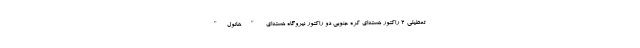
تعطیلی ۲ راکتور هسته‌ای کره جنوبی دو راکتور نیروگاه هسته‌ای "هانول"